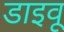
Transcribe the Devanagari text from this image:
डाइवू